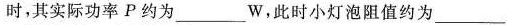
时，其实际功率P约为___W，此时小灯泡阻值约为___